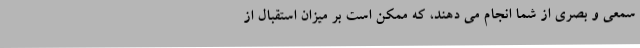
سمعی و بصری از شما انجام می دهند، که ممکن است بر میزان استقبال از